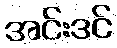
အင်းဒင်